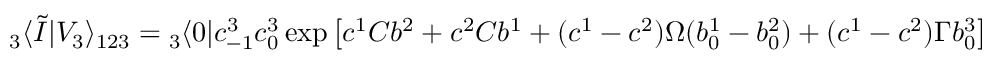
{ } _ { 3 } \langle \tilde { I } | V _ { 3 } \rangle _ { 1 2 3 } = { } _ { 3 } \langle 0 | c _ { - 1 } ^ { 3 } c _ { 0 } ^ { 3 } \exp \left[ c ^ { 1 } C b ^ { 2 } + c ^ { 2 } C b ^ { 1 } + ( c ^ { 1 } - c ^ { 2 } ) \Omega ( b _ { 0 } ^ { 1 } - b _ { 0 } ^ { 2 } ) + ( c ^ { 1 } - c ^ { 2 } ) \Gamma b _ { 0 } ^ { 3 } \right] ( c _ { 0 } c _ { 1 } | 0 \rangle ) _ { 1 2 3 } \nonumber